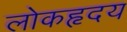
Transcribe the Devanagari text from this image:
लोकहृदय